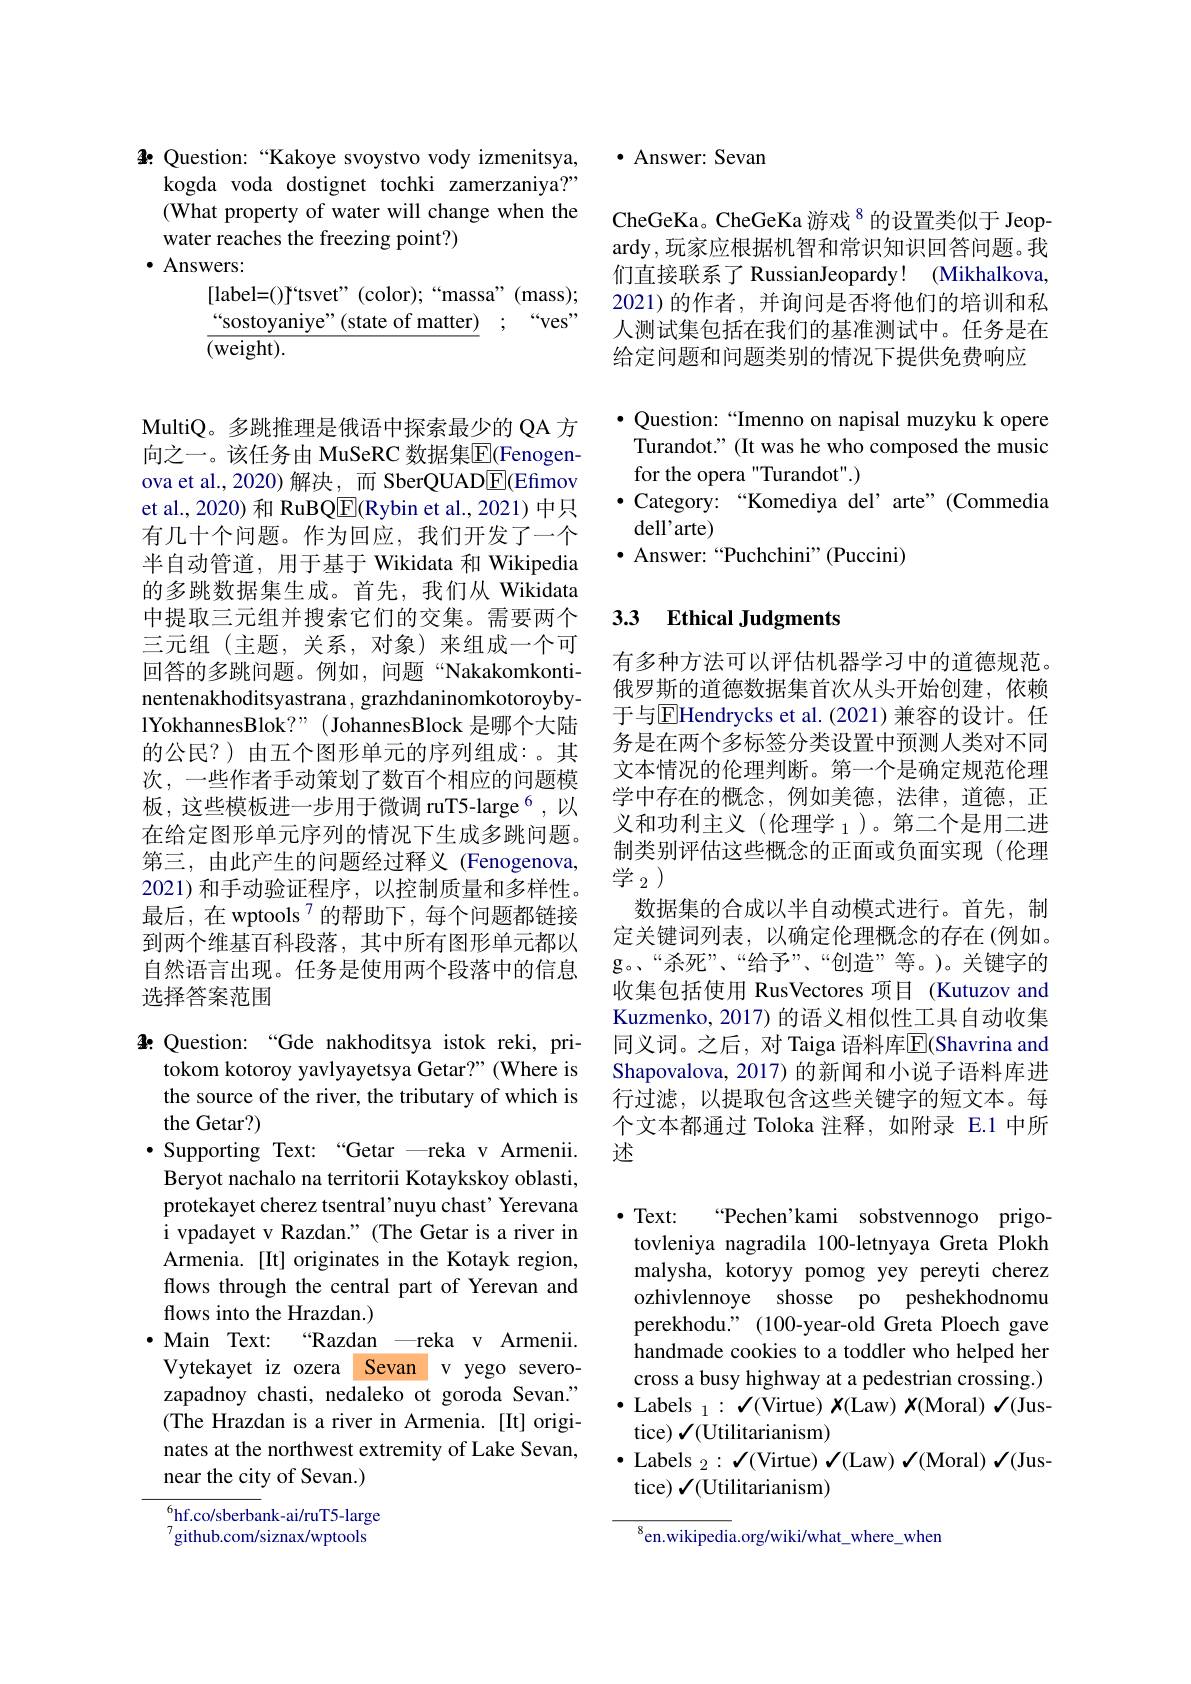
4: Question: “Kakoye svoystvo vody izmenitsya,
kogda voda dostignet tochki zamerzaniya?" (What property of water will change when the water reaches the freezing point?)
$\cdot$ Answers:
[label=()f'tsvet" (color);“massa”(mass); “sostoyaniye”(state of matter) ;“ves” $\overline{(\mathrm{weight}).}$

MultiQ。多跳推理是俄语中探索最少的 QA 方向之一。该任务由 MuSeRC 数据集$\overline{\mathrm{E}}$(Fenogenova et al.,2020)解决，而 SberQUAD$\underline{\mathrm{E}}($Efmov et al., 2020) 和 RuBQ$\boxed{\mathrm{F}}($Rybin et al., 2021) 中只有几十个问题。作为回应，我们开发了一个半自动管道，用于基于 Wikidata 和 Wikipedia 的多跳数据集生成。首先，我们从 Wikidata 中提取三元组并搜索它们的交集。需要两个三元组(主题，关系，对象)来组成一个可回答的多跳问题。例如，问题“Nakakomkontinentenakhoditsyastrana , grazhdaninomkotoroybylYokhannesBlok?" (JohannesBlock 是哪个大陆的公民？)由五个图形单元的序列组成：。其次，一些作者手动策划了数百个相应的问题模板，这些模板进一步用于微调 ruT5-large$^{6}$,以在给定图形单元序列的情况下生成多跳问题。第三，由此产生的问题经过释义 (Fenogenova, 2021)和手动验证程序，以控制质量和多样性。最后，在 wptools$^{7}$的帮助下，每个问题都链接到两个维基百科段落，其中所有图形单元都以自然语言出现。任务是使用两个段落中的信息选择答案范围

4! Question: “Gde nakhoditsya istok reki, pri-
tokom kotoroy yavlyayetsya Getar?" (Where is the source of the river, the tributary of which is the Getar?)
$\bullet$ Supporting Text: “Getar —reka v Armenii.
Beryot nachalo na territorii Kotaykskoy oblasti, protekayet cherez tsentral'nuyu chast' Yerevana i vpadayet v Razdan." (The Getar is a river in Armenia. [It] originates in the Kotayk region, flows through the central part of Yerevan and flows into the Hrazdan.)
$\cdot$ Main Text:
“Razdan —reka v Armenii.
Vytekayet iz ozera Sevan v yego severozapadnoy chasti, nedaleko ot goroda Sevan." (The Hrazdan is a river in Armenia. [It] originates at the northwest extremity of Lake Sevan, near the city of Sevan.)

$^{6}$hf.co/sberbank-ai/ruT5-large $^7$github. com/ siznax/ wptools

$\bullet$ Answer: Sevan

CheGeKa。CheGeKa 游戏$^{8}$的设置类似于 Jeopardy, 玩家应根据机智和常识知识回答问题。我们直接联系了 RussianJeopardy! (Mikhalkova, 2021)的作者，并询问是否将他们的培训和私人测试集包括在我们的基准测试中。任务是在给定问题和问题类别的情况下提供免费响应

$\bullet$ Question:“Imenno on napisal muzyku k opere Turandot." (It was he who composed the music for the opera "Turandot".)
$\bullet$ Category: “Komediya del’ arte”(Commedia
dell'arte)
$\bullet$ Answer: “Puchchini”(Puccini)

### 3.3 Ethical Judgments

有多种方法可以评估机器学习中的道德规范。俄罗斯的道德数据集首次从头开始创建，依赖于与$\overline{\mathrm{E}}$Hendrycks et al.(2021)兼容的设计。任务是在两个多标签分类设置中预测人类对不同文本情况的伦理判断。第一个是确定规范伦理学中存在的概念，例如美德，法律，道德，正义和功利主义(伦理学$_1$)。第二个是用二进制类别评估这些概念的正面或负面实现(伦理学$_2)$
数据集的合成以半自动模式进行。首先，制定关键词列表，以确定伦理概念的存在(例如。g。“杀死”、“给予”、“创造”等。)。关键字的收集包括使用 RusVectores 项目 (Kutuzov and Kuzmenko, 2017) 的语义相似性工具自动收集同义词。之后，对 Taiga 语料库$\overline{\mathrm{E}}($Shavrina and Shapovalova, 2017) 的新闻和小说子语料库进行过滤，以提取包含这些关键字的短文本。每个文本都通过 Toloka 注释，如附录 E.1 中所述

$\bullet$ Text:
“Pechen’kami sobstvennogo prigo-
tovleniya nagradila 100-letnyaya Greta Plokh malysha, kotoryy pomog yey pereyti cherez ozhivlennoye shosse po peshekhodnomu perekhodu." (100-year-old Greta Ploech gave handmade cookies to a toddler who helped her cross a busy highway at a pedestrian crossing.) $\bullet$ Labels $_1:\checkmark($Virtue) $X($Law) $x($Moral) $\checkmark($Justice) $\checkmark($Utilitarianism)
$\bullet$ Labels $_2:\checkmark($Virtue) $\checkmark($Law) $\checkmark($Moral) $\checkmark($Jus-
tice) $\mathcal{J}($Utilitarianism)

$^{8}$en.wikipedia.org/wiki/what\_where\_when